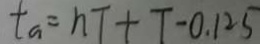
t _ { a } = h T + T - 0 . 1 2 5